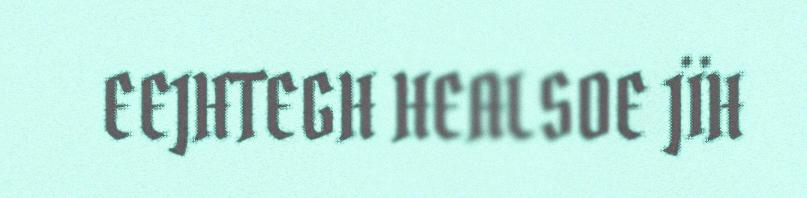
EEJHTEGH HEALSOE JÏH